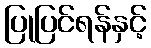
ပြုပြင်ရန်နှင့်